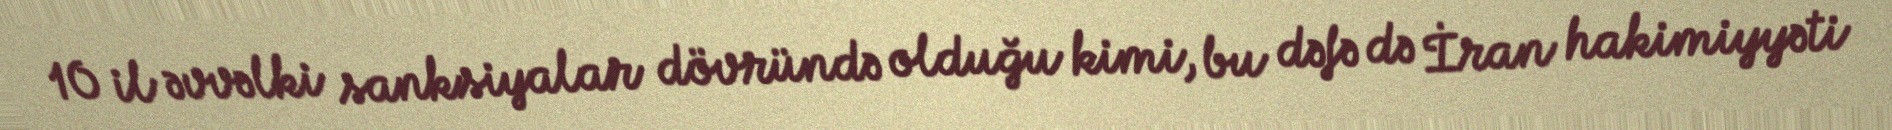
10 il əvvəlki sanksiyalar dövründə olduğu kimi, bu dəfə də İran hakimiyyəti